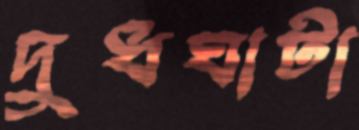
দুধঘাটা